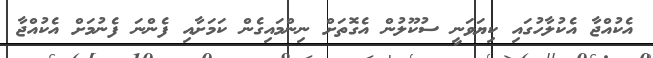
އެކުއްޖާ އެކުލާހުގައި ކިޔަވަނީ ސުކޫލުން އެގޮތަށް ނިންމައިގެން ކަމަށާއި ފެންނަ ފެނުމަށް އެކުއްޖާ